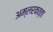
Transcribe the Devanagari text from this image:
अम्लरकत्ता